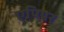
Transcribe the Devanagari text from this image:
एपियर